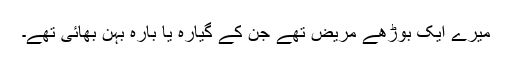
میرے ایک بوڑھے مریض تھے جن کے گیارہ یا بارہ بہن بھائی تھے۔